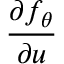
\frac { \partial f _ { \theta } } { \partial u }